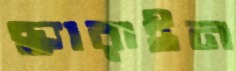
ছ্যারাইন